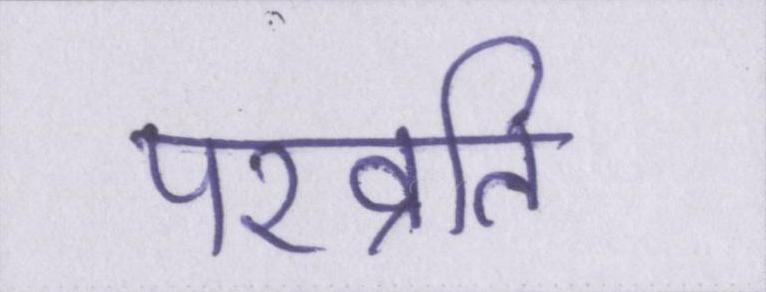
परव्रति